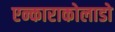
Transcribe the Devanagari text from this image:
एन्काराकोलाडो